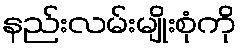
နည်းလမ်းမျိုးစုံကို